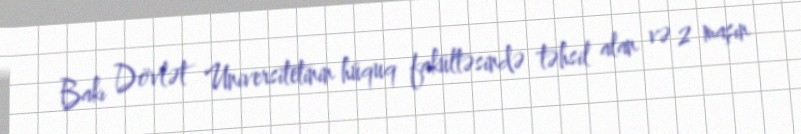
Bakı Dövlət Universitetinin hüquq fakültəsində təhsil alan və 2 maşın